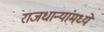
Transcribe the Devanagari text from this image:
राजधान्यांमध्ये